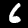
Digit: 6